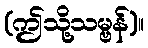
(ဤသို့သမ္ဗန်)။